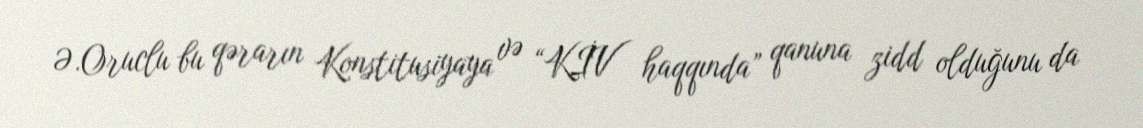
Ə.Oruclu bu qərarın Konstitusiyaya və “KİV haqqında” qanuna zidd olduğunu da